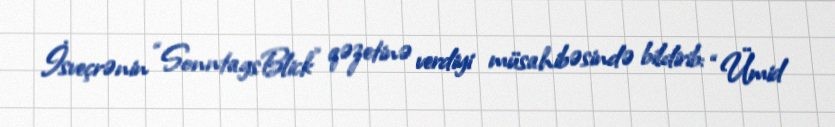
İsveçrənin “SonntagsBlick” qəzetinə verdiyi müsahibəsində bildirib: “Ümid